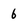
Character: 6